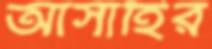
আসাহির